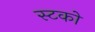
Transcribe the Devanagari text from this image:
स्टको